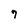
Character: 7